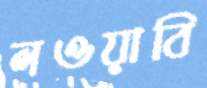
লওয়াবি